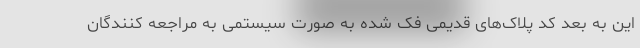
این به بعد کد پلاک‌های قدیمی فک شده به صورت سیستمی به مراجعه کنندگان